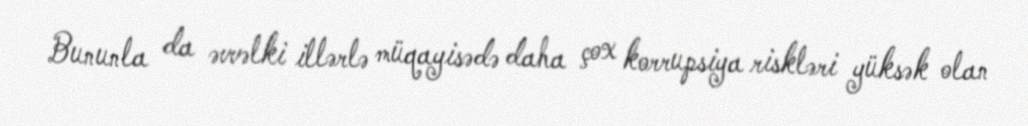
Bununla da əvvəlki illərlə müqayisədə daha çox korrupsiya riskləri yüksək olan